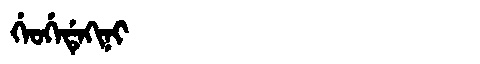
Manchu: ᡤᡝᠣᡤᡝᡩᡝᡴᡳᠨᡳ
Romanization: GEOGEDEKINI